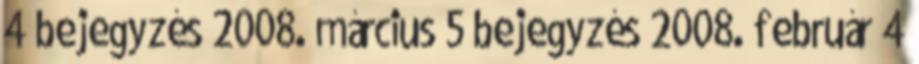
4 bejegyzés 2008. március 5 bejegyzés 2008. február 4